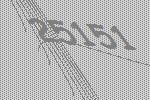
25151